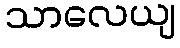
သာလေယျ